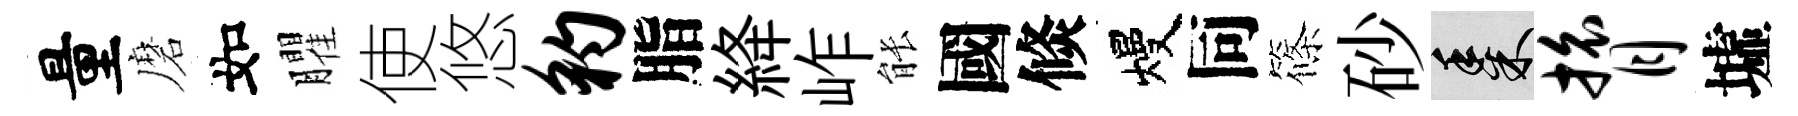
量磨如臞使悠豹脂絳岞䏻國倐熳同篠砂黍膂墟